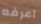
اعرفه